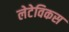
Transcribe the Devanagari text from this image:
लेटेविकस